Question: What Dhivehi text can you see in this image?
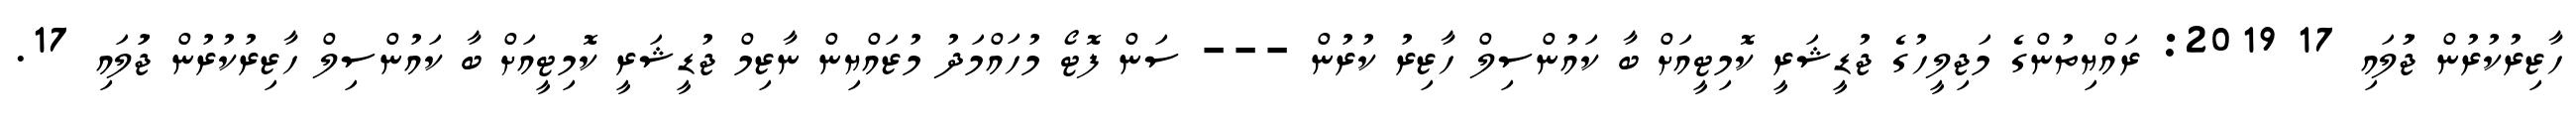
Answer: ހާޒިރުކުރުން ޖުަލައި 17 2019: ރައްޔިތުންގެ މަޖިލީހުގެ ޖުޑީޝަރީ ކޮމިޓީއަށް ބާ ކައުންސިލް ހާޒިރު ކުރުން --- ސަން ފޮޓޯ މުހައްމަދު މުޒައްޔިން ނާޒިމް ޖުޑީޝަރީ ކޮމިޓީއަށް ބާ ކައުންސިލް ހާޒިރުކުރުން ޖުަލައި 17.